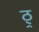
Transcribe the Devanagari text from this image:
ठ्र्